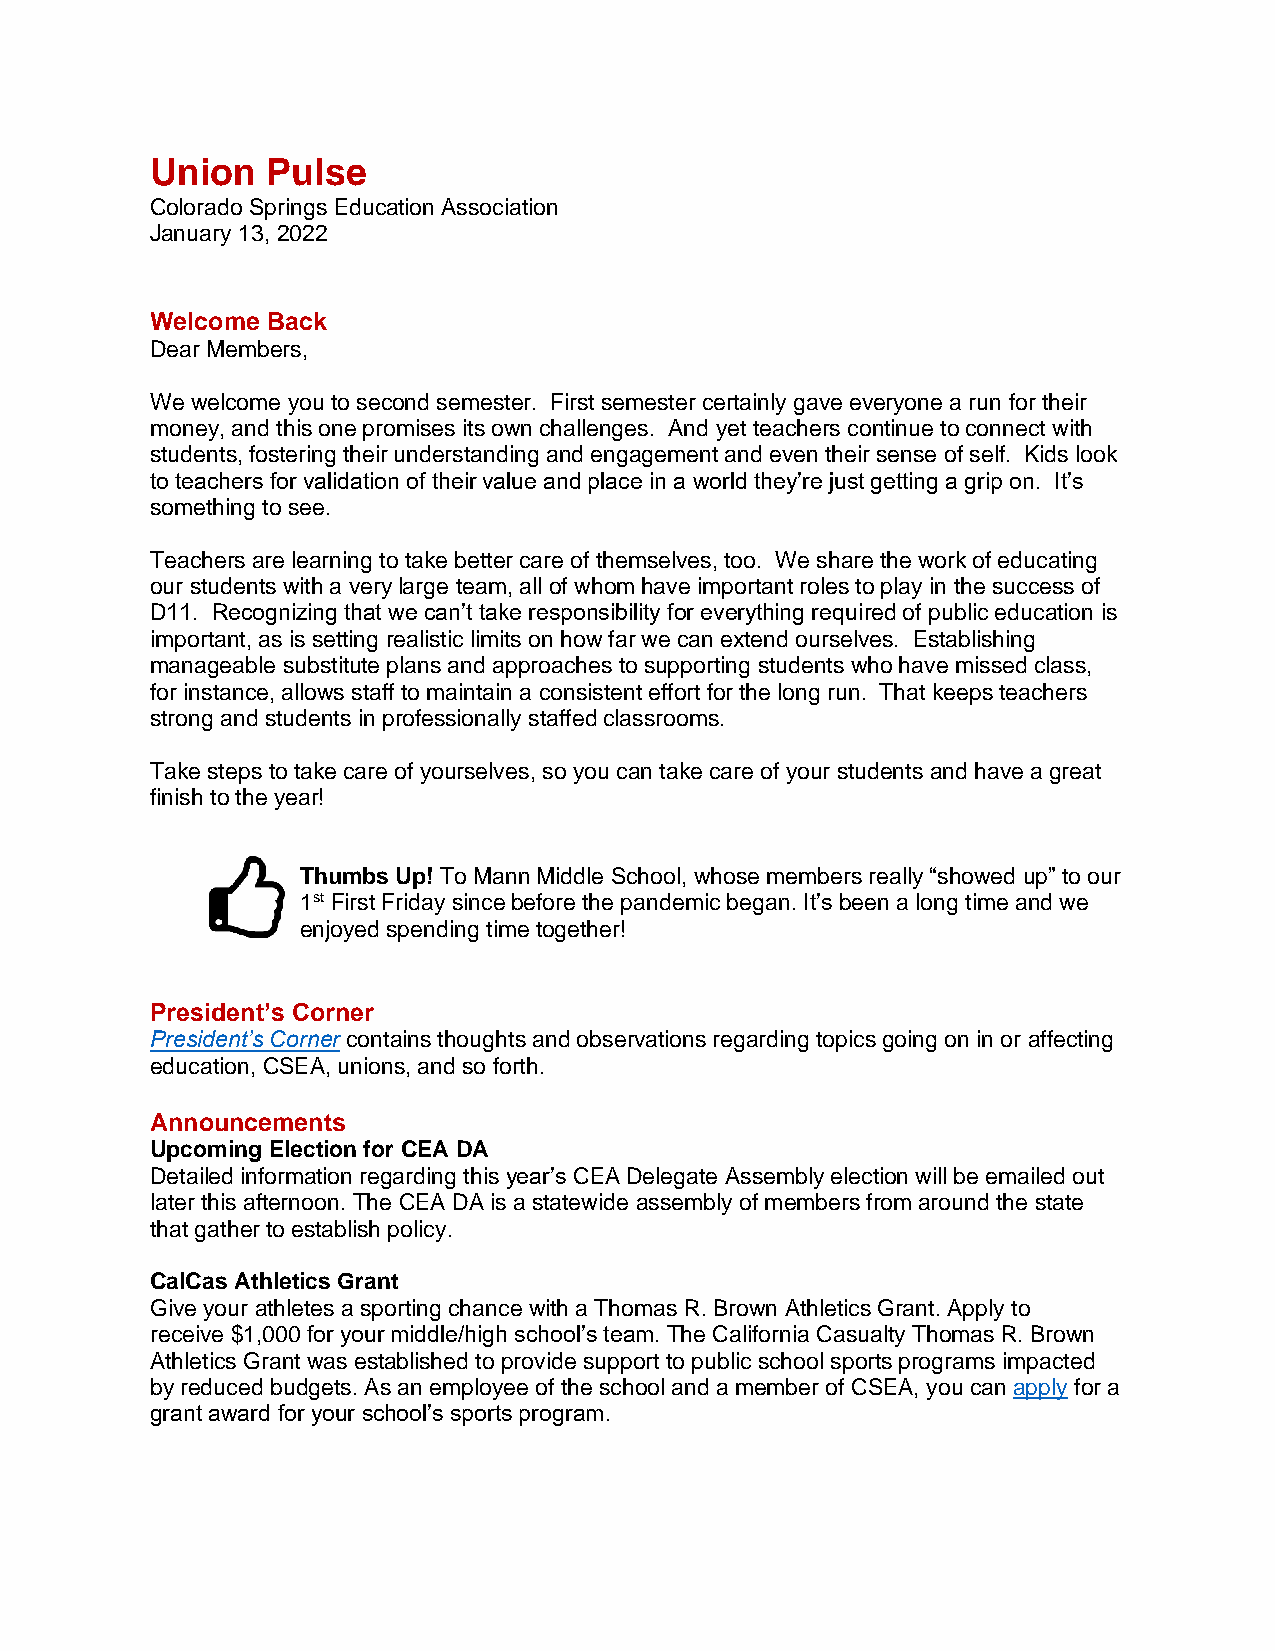
Union   Pulse
 Colorado Springs Education Association
 January 13, 2022
 Welcome Back
 Dear Members,
 We welcome you to second semester. First semester certainly gave everyone a run for their
 money, and this one promises its own challenges. And yet teachers continue to connect with
 students, fostering their understanding and engagement and even their sense of self. Kids look
 to teachers for validation of their value and place in a world they’re just getting a grip on. It’s
 something to see.
 Teachers are learning to take better care of themselves, too. We share the work of educating
 our students with a very large team, all of whom have important roles to play in the success of
 D11. Recognizing that we can’t take responsibility for everything required of public education is
 important, as is setting realistic limits on how far we can extend ourselves. Establishing
 manageable substitute plans and approaches to supporting students who have missed class,
 for instance, allows staff to maintain a consistent effort for the long run. That keeps teachers
 strong and students in professionally staffed classrooms.
 Take steps to take care of yourselves, so you can take care of your students and have a great
 finish to the year!
 Thumbs Up! To Mann Middle School, whose members really “showed up” to our
 1st First Friday since before the pandemic began. It’s been a long time and we
 enjoyed spending time together!
 President’s Corner
 President’s Corner contains thoughts and observations regarding topics going on in or affecting
 education, CSEA, unions, and so forth.
 Announcements
 Upcoming Election for CEA DA
 Detailed information regarding this year’s CEA Delegate Assembly election will be emailed out
 later this afternoon. The CEA DA is a statewide assembly of members from around the state
 that gather to establish policy.
 CalCas Athletics Grant
 Give your athletes a sporting chance with a Thomas R. Brown Athletics Grant. Apply to
 receive $1,000 for your middle/high school’s team. The California Casualty Thomas R. Brown
 Athletics Grant was established to provide support to public school sports programs impacted
 by reduced budgets. As an employee of the school and a member of CSEA, you can apply for a
 grant award for your school’s sports program.